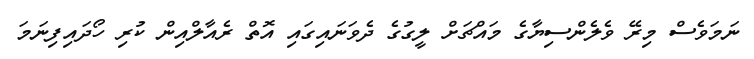
ނަމަވެސް މިރޭ ވެލެންސިޔާގެ މައްޗަށް ލީގުގެ ދެވަނައިގައި އޮތް ރެއާލްއިން ކުރި ހޯދައިފިނަމަ